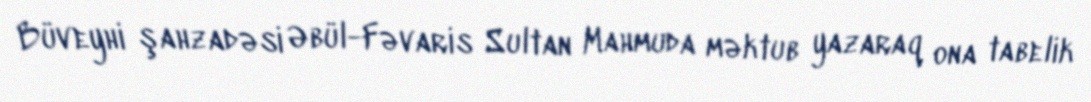
Büveyhi şahzadəsi Əbül-Fəvaris Sultan Mahmuda məktub yazaraq ona tabelik